Plague in India, 1896, 1897 - Volume 1
Year: 1896
Disease focus: Plague
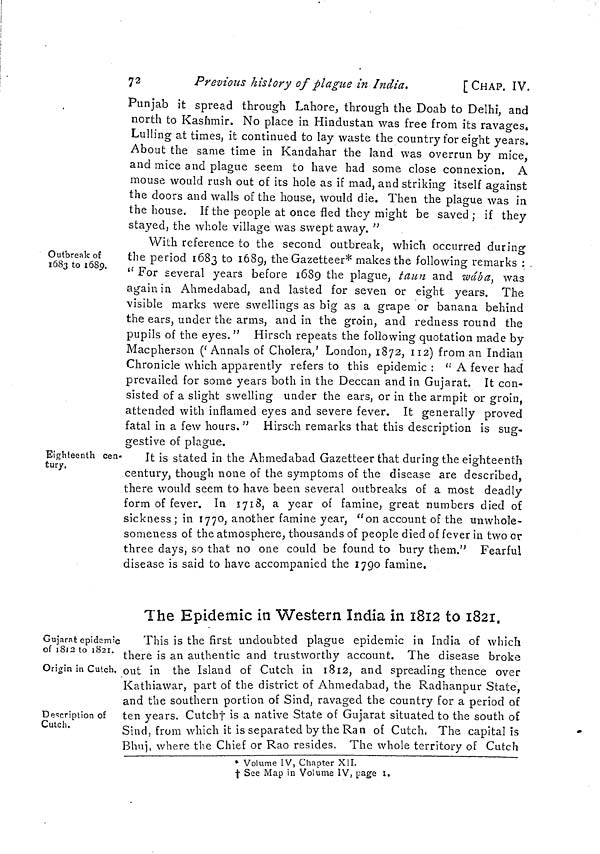
72
Previous history of plague in India.
[CHAP. IV.
Punjab it spread through Lahore, through the Doab to Delhi, and
north to Kashmir, No place in Hindustan was free from its ravages.
Lulling at times, it continued to lay waste the country for eight years.
About the same time in Kandahar the land was overrun by mice,
and mice and plague seem to have had some close connexion. A
mouse would rush out of its hole as if mad, and striking itself against
the doors and walls of the house, would die. Then the plague was in
the house. If the people at once fled they might be saved ; if they
stayed, the whole village was swept away. "
Outbreak of
1683 to 1689.
With reference to the second outbreak, which occurred during
the period 1683 to 1689, the Gazetteer* makes the following remarks :
" For several years before 1689 the plague, taun and wába, was
again in Ahmedabad, and lasted for seven or eight years. The
visible marks were swellings as big as a grape or banana behind
the ears, under the arms, and in the groin, and redness round the
pupils of the eyes." Hirsch repeats the following quotation made by
Macpherson ('Annals of Cholera,' London, 1872, 112) from an Indian
Chronicle which apparently refers to this epidemic : " A fever had
prevailed for some years both in the Deccan and in Gujarat. It con-
sisted of a slight swelling under the ears, or in the armpit or groin,
attended with inflamed eyes and severe fever. It generally proved
fatal in a few hours. " Hirsch remarks that this description is sug-
gestive of plague.
Eighteenth cen-
tury.
It is stated in the Ahmedabad Gazetteer that during the eighteenth
century, though none of the symptoms of the disease are described,
there would seem to have been several outbreaks of a most deadly
form of fever. In 1718, a year of famine, great numbers died of
sickness ; in 1770, another famine year, "on account of the unwhole-
someness of the atmosphere, thousands of people died of fever in two or
three days, so that no one could be found to bury them." Fearful
disease is said to have accompanied the 1790 famine.
The Epidemic in Western India in 1812 to 1821.
Gujarat epidemic
of 1812 to 1821.
Origin in Cutch.
Description of
Cutch.
This is the first undoubted plague epidemic in India of which
there is an authentic and trustworthy account. The disease broke
out in the Island of Cutch in 1812, and spreading thence over
Kathiawar, part of the district of Ahmedabad, the Radhanpur State,
and the southern portion of Sind, ravaged the country for a period of
ten years. Cutch† is a native State of Gujarat situated to the south of
Sind, from which it is separated by the Ran of Cutch. The capital is
Bhuj, where the Chief or Rao resides. The whole territory of Cutch
* Volume IV, Chapter XII.
† See Map in Volume IV, page I,